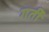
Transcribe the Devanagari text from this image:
गर्ती